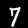
Label: 7